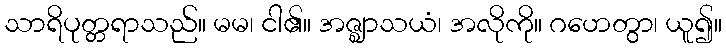
သာရိပုတ္တရာသည်။ မမ၊ ငါ၏။ အဇ္ဈာသယံ၊ အလိုကို။ ဂဟေတွာ၊ ယူ၍။